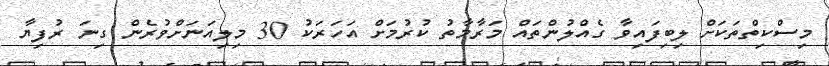
މިސްކިތްތަކަށް ލިބިފައިވާ ގެއްލުންތައް މަރާމާތު ކުރުމަށް އަހަރަކު 30 މިލިއަނަށްވުރެން ގިނަ ރުފިޔާ